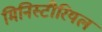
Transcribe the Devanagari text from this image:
मिनिस्टीरियल